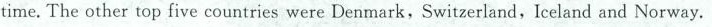
time. The other top five countries were Denmark, Switzerland,Iceland and Norway.